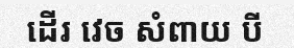
ដើរ វេច សំពាយ បី